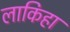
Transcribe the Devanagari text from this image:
लाकिहा